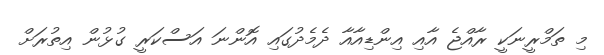
މި ތަމްރީނަކީ ރާއްޖެ އާއި އިންޑިއާއާ ދެމެދުގައި އޮންނަ އަސްކަރީ ގުޅުން އިތުރަށް